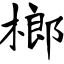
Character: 榔